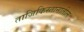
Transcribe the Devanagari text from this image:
ताजिकिस्तानातील